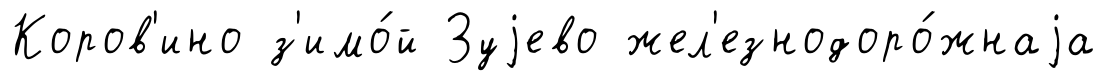
Коров'ино з'имо́й Зуjево жел'езнодоро́жнаjа